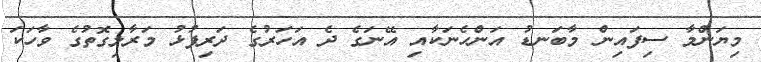
މިޔަންމާ ސިފައިން މާބަނޑު އަންހެނަކާއި އޭނަގެ ދެ އަހަރުގެ ދަރިފުޅު މަރާލިގޮތުގެ ވާހަކަ